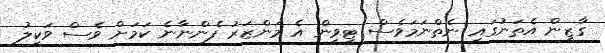
ގާޒީން އެތަނުގައި ނެތްނަމަވެސް ޓީވީން އެ މަންޒަރު ފެންނާނެ ކަމަށް ވެސް ވަކީލު